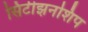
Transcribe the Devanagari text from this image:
सिटीझनशिप